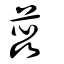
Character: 蕊